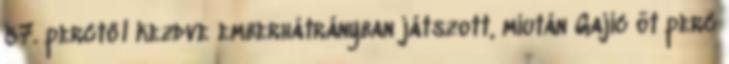
57. perctől kezdve emberhátrányban játszott, miután Gajic öt perc